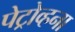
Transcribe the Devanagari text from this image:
पेट्रोव्हना